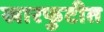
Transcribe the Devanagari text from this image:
खारफुटीत